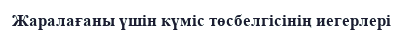
Жаралағаны үшін күміс төсбелгісінің иегерлері